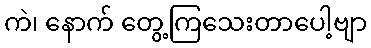
ကဲ၊ နောက် တွေ့ကြသေးတာပေါ့ဗျာ